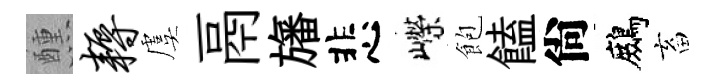
醺耨虞鬲旛悲嶸飽饁尙鷓畜